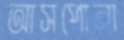
আসপোনা